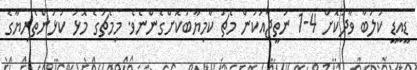
ޑީއީޑީ ކުލަބާ ވާދަކޮށް 4-1 ނަތީޖާއަކުން މެޗު ކާމިޔާބުކޮށްގެންނެވެ. މިމެޗުގެ މޮޅު ކުޅުންތެރިޔާގެ